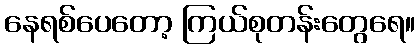
နေရစ်ပေတော့ ကြယ်စုတန်းတွေရေ။